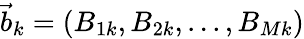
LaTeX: {\vec{b}_{k}=(B_{1k},B_{2k},...,B_{Mk})}